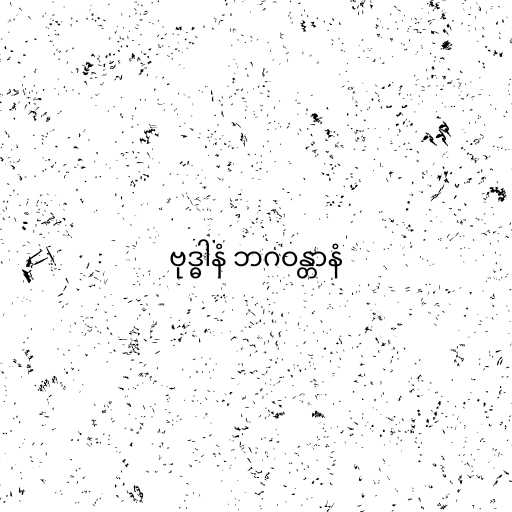
ဗုဒ္ဓါနံ ဘဂဝန္တာနံ